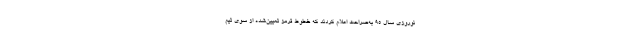
نوروزی سال ۹۵ به‌صراحت اعلام کردند که خطوط قرمز تعیین‌شده از سوی تیم